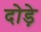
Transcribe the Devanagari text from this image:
दोड़े